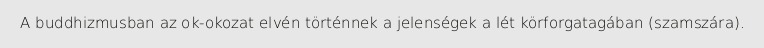
A buddhizmusban az ok-okozat elvén történnek a jelenségek a lét körforgatagában (szamszára).